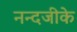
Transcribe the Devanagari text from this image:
नन्दजीके